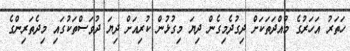
ހަތަރު އަހަރުގެ މުއްދަތަކަށް ދިގުދެމިގެން ދިޔަ މިގުޅުން ކުރިއަށް ދިޔަ ދުވަސްތަކުގައި މިދެތަރިންގެ